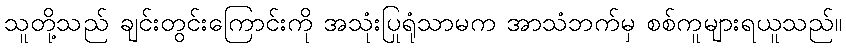
သူတို့သည် ချင်းတွင်းကြောင်းကို အသုံးပြုရုံသာမက အာသံဘက်မှ စစ်ကူများရယူသည်။